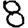
Digit: 8